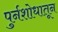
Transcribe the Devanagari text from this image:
पुर्नशोधातून